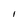
Character: l